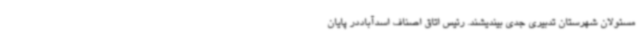
مسئولان شهرستان تدبیری جدی بیندیشند. رئیس اتاق اصناف اسدآباددر پایان